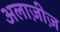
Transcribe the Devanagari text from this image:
अलाज़ीज़